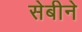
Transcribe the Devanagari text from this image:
सेबीने